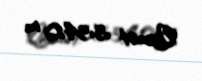
Qiymət: 334,0 m